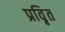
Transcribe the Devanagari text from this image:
प्रवृ़ित